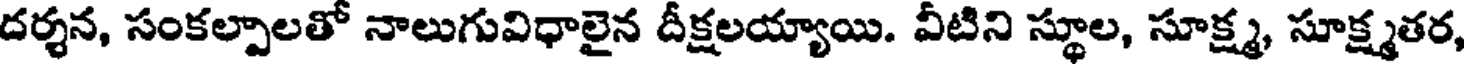
దర్శన, సంకల్పాలతో నాలుగువిధాలైన దీక్షలయ్యాయి. వీటిని స్థూల, సూక్ష్మ, సూక్ష్మతర,